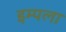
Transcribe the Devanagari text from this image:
इम्पला